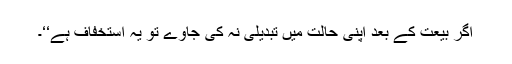
اگر بیعت کے بعد اپنی حالت میں تبدیلی نہ کی جاوے تو یہ استخفاف ہے‘‘۔